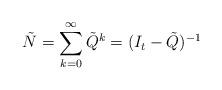
LaTeX: \begin{align*} \tilde{N} = \sum_{k=0}^{\infty}\tilde{Q}^k = (I_t-\tilde{Q})^{-1}\end{align*}